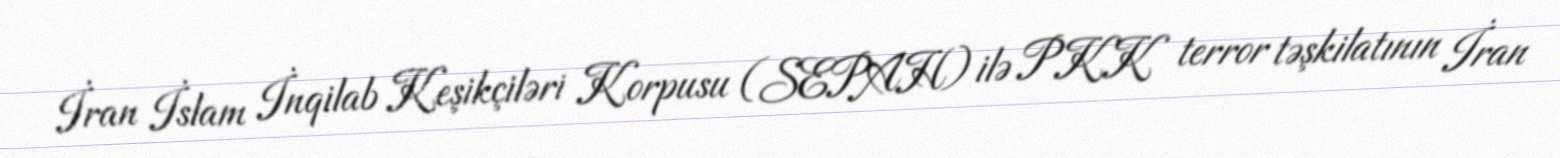
İran İslam İnqilab Keşikçiləri Korpusu (SEPAH) ilə PKK terror təşkilatının İran